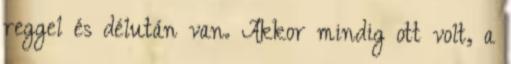
reggel és délután van. Akkor mindig ott volt, a